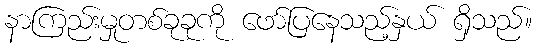
နာကြည်းမှုတစ်ခုခုကို ဖော်ပြနေသည့်နှယ် ရှိသည်။